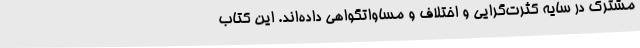
مشترک در سایه کثرت‌گرایی و اختلاف و مساواتگواهی‌ داده‌اند. این کتاب